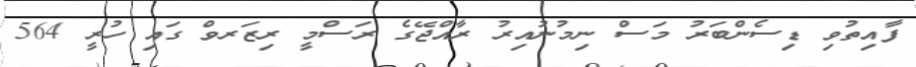
ފާއިތުވި ޑިސެންބަރު މަސް ނިމުނުއިރު ރާއްޖޭގެ ރަސްމީ ރިޒަރވް ގައި ހުރީ 564